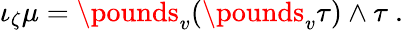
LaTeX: \iota_{\zeta}\mu=\pounds_{v}(\pounds_{v}\tau)\wedge\tau\ .